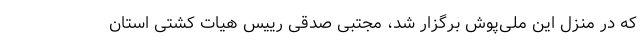
که در منزل این ملی‌پوش برگزار شد، مجتبی صدقی رییس هیات کشتی استان